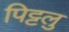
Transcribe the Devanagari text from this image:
पिट्टलु